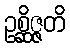
ဥစ္ဆိဇ္ဇတိ